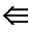
\Lleftarrow